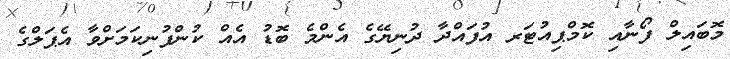
މޮބައިލް ފޯނާއި ކޮމްޕިއުޓަރ އުފައްދާ ދުނިޔޭގެ އެންމެ ބޮޑު އެއް ކުންފުނިކަމަށްވާ އެޕަލްގެ